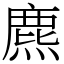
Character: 麃